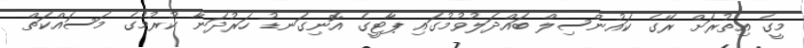
މީގެ އިތުރަށް ރޭގެ ކައުންސިލް ބައްދަލުވުމުގައި ޕާޓީގެ އޮނިގަނޑު ހަރުދަނާ ކުރުމުގެ މަސައްކަތް